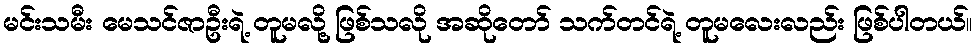
မင်းသမီး မေသင်ဇာဦးရဲ့ တူမလို့ ဖြစ်သလို အဆိုတော် သက်တင်ရဲ့ တူမလေးလည်း ဖြစ်ပါတယ်။